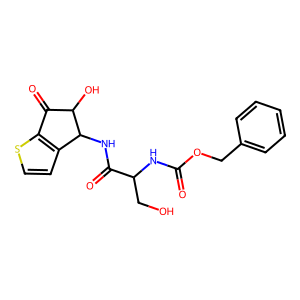
SMILES: O=C(NC(CO)C(=O)NC1c2ccsc2C(=O)C1O)OCc1ccccc1
Inhibits HIV replication: No